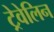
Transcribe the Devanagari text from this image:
ट्रेवेलिन